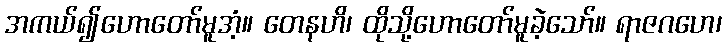
အကယ်၍ဟောတော်မူအံ့။ တေနဟိ၊ ထိုသို့ဟောတော်မူခဲ့သော်။ ရာဇဂဟေ၊